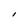
Character: I